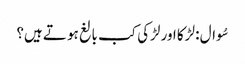
سُوال : لڑکا اور لڑکی کب بالغ ہو تے ہیں؟